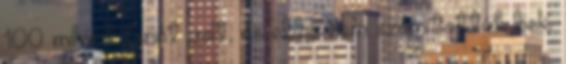
100 milliárd forint volt, és ebbe nem számították bele